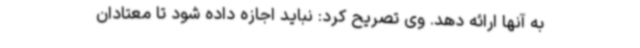
به آنها ارائه دهد. وی تصریح کرد: نباید اجازه داده شود تا معتادان